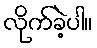
လိုက်ခဲ့ပါ။